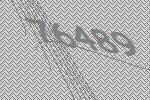
76489